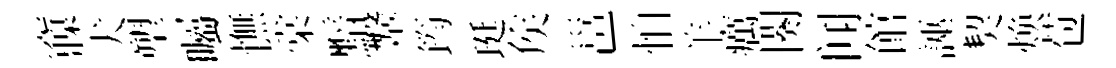
䆿犬塑囑憮棠黯鞶筠珽矦邕怕羊癘闋闻館誣契焕苞